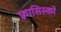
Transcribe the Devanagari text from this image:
फ़्रासिस्को